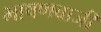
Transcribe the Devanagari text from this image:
भाषणबाजी